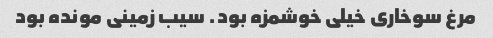
مرغ سوخاری خیلی خوشمزه بود. سیب زمینی مونده بود